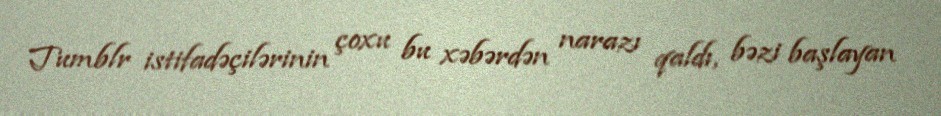
Tumblr istifadəçilərinin çoxu bu xəbərdən narazı qaldı, bəzi başlayan